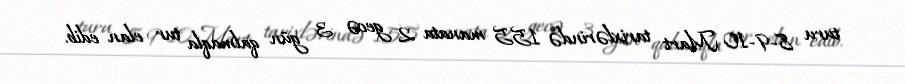
turu 8-9-10 Mart tarixlərində 155 manata 2 gecə 3 gün qalmaqla tur elan edib.